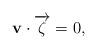
LaTeX: \begin{align*}\mathbf{v}\cdot \overrightarrow{\zeta}=0,\end{align*}